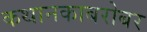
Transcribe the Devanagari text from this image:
कथानकाबरोबर